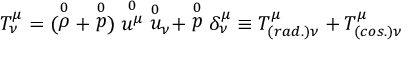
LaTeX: T _ { \nu } ^ { \mu } = ( \stackrel { 0 } { \rho } + \stackrel { 0 } { p } ) \stackrel { 0 } { { u } ^ { \mu } } { \stackrel { 0 } { u } } _ { \nu } + \stackrel { 0 } { p } \delta _ { \nu } ^ { \mu } \equiv T _ { ( r a d . ) \nu } ^ { \mu } + T _ { ( c o s . ) \nu } ^ { \mu }